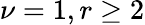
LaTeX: \nu=1,r\geq 2